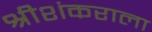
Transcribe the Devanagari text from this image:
श्रीशंकराला